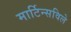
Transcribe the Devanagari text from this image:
मार्टिन्सविले